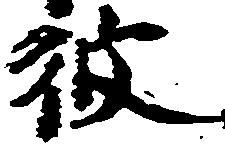
彼